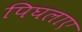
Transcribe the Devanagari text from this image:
पिघलाए